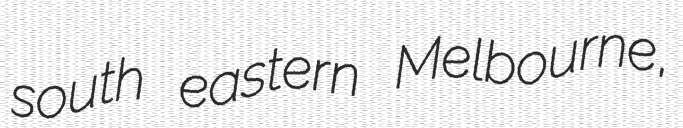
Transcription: south eastern Melbourne,